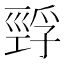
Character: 𰏅